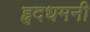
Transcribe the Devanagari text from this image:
हृदधमनी